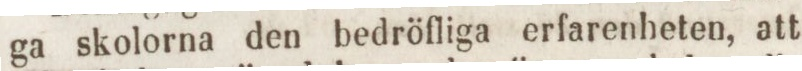
ga skolorna den bedröfliga erfarenheten, att